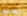
ايديهم